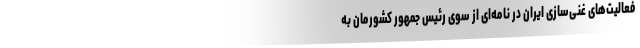
فعالیت‌های غنی‌سازی ایران در نامه‌ای از سوی رئیس جمهور کشورمان به